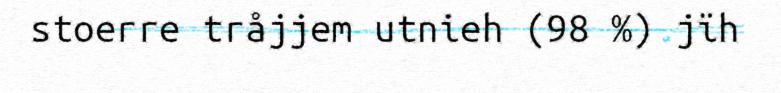
stoerre tråjjem utnieh (98 %) jïh